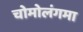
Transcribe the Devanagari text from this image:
चोमोलंगमा